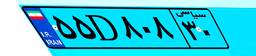
۷۸D۱۴۰۶۶